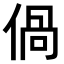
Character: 𠊰